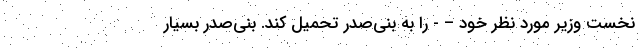
نخست وزیر مورد نظر خود – - را به بنی‌صدر تحمیل کند. بنی‌صدر بسیار